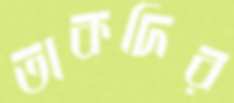
তাকদির